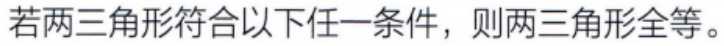
若两三角形符合以下任一条件，则两三角形全等。